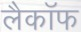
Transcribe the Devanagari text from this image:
लैकॉफ